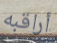
أراقبه